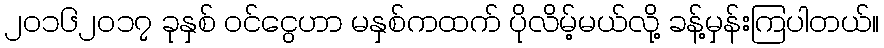
၂၀၁၆၂၀၁၇ ခုနှစ် ဝင်ငွေဟာ မနှစ်ကထက် ပိုလိမ့်မယ်လို့ ခန့်မှန်းကြပါတယ်။